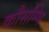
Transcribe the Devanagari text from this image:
कौसम्भि